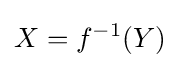
X=f^{-1}(Y)